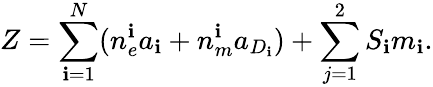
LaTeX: Z=\sum_{\mathbf{i}=1}^{N}(n_{e}^{\mathbf{i}}a_{\mathbf{i}}+n_{m}^{\mathbf{i}}a_{D_{\mathbf{i}}})+\sum_{j=1}^{2}S_{\mathbf{i}}m_{\mathbf{i}}.